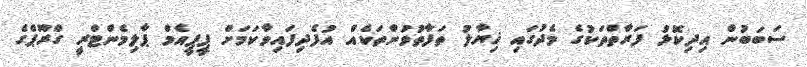
ސަބަބުން އިދިކޮޅު ފަރާތްތަކުގެ މެދުގައި ޚިޔާލު ތަފާތުވުންތަކެއް އުފެދިފައިވާކަމަށް ޕީޕީއެމް ޕާލިމެންޓްރީ ގްރޫޕްގެ